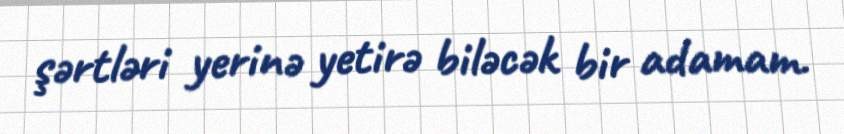
şərtləri yerinə yetirə biləcək bir adamam.